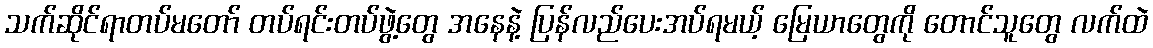
သက်ဆိုင်ရာတပ်မတော် တပ်ရင်းတပ်ဖွဲ့တွေ အနေနဲ့ ပြန်လည်ပေးအပ်ရမယ့် မြေယာတွေကို တောင်သူတွေ လက်ထဲ